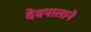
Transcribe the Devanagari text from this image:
देवपालाने